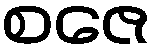
စဇေ